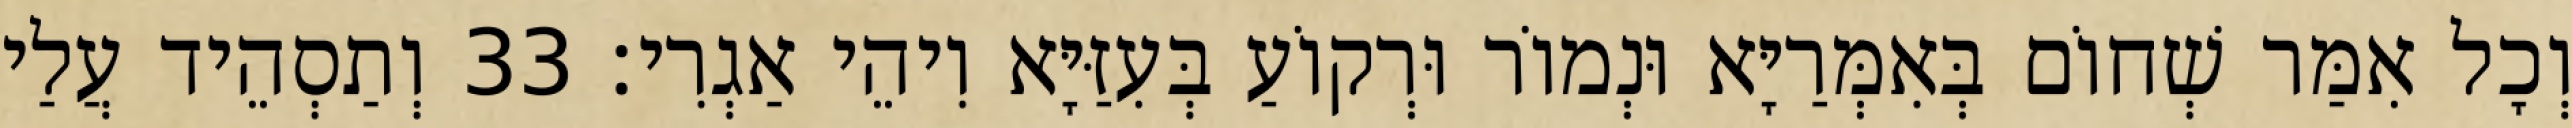
וְכָל אִמַּר שְׁחוֹם בְּאִמְּרַיָּא וּנְמוֹר וּרְקוֹעַ בְּעִזַּיָּא וִיהֵי אַגְרִי׃ 33 וְתַסְהֵיד עֲלַי